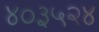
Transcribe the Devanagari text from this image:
४०३५२४